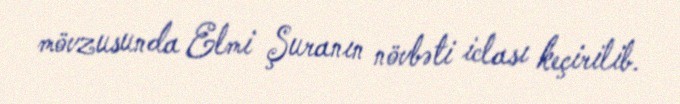
mövzusunda Elmi Şuranın növbəti iclası keçirilib.